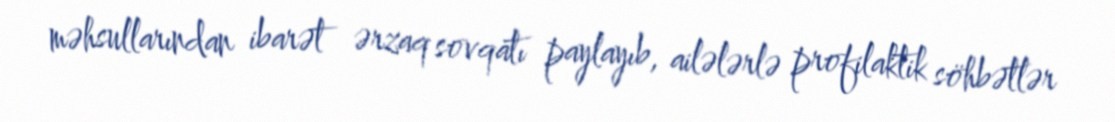
məhsullarından ibarət ərzaq sovqatı paylayıb, ailələrlə profilaktik söhbətlər